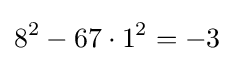
8^{2}-67\cdot 1^{2}=-3